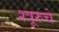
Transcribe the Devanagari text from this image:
श्त्रूरुचे